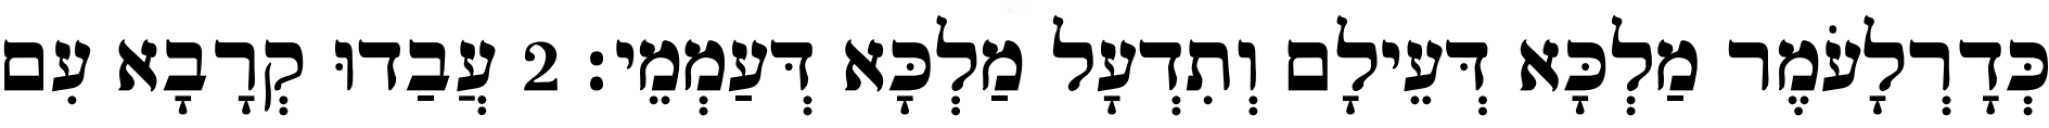
כְּדָרְלָעֹמֶר מַלְכָּא דְּעֵילָם וְתִדְעָל מַלְכָּא דְּעַמְמֵי׃ 2 עֲבַדוּ קְרָבָא עִם